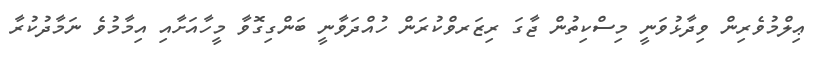
ޢިލްމުވެރިން ވިދާޅުވަނީ މިސްކިތުން ޖާގަ ރިޒަރވްކުރަން ހުއްދަވާނީ ބަންގިގޮވާ މީހާއަށާއި އިމާމުވެ ނަމާދުކުރާ